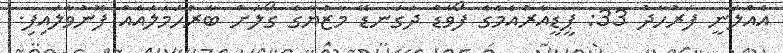
އެއްލަނީ ފަރުހާދު 33: ޕީޑީއާރުއެމެގެ ފޯވާޑް ދަގަނޑޭ މާޒުޔާގެ ގޯލަށް ބާރުހަމަލައެއް ފޮނުވާލައިފި.